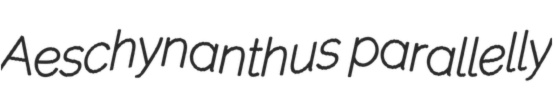
Aeschynanthus parallelly